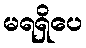
မရရှိပေ